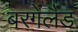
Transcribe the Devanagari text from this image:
बरगेंलैंड